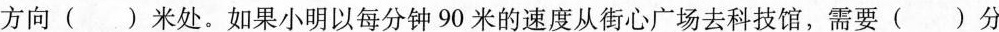
方向( )米处。如果小明以每分钟 90 米的速度从街心广场去科技馆，需要( )分